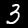
Digit: 3